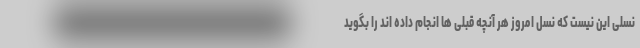
نسلی این نیست که نسل امروز هر آنچه قبلی ها انجام داده اند را بگوید